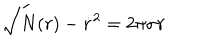
LaTeX: \sqrt { N ( r ) - \dot { r } ^ { 2 } } = 2 \pi \sigma r